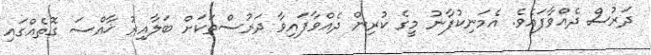
ދަރުސް ދެއްވާފައެވެ. އެމަނިކުފާނު މީގެ ކުރިން ދެއްވާފައިވާ ދަރުސްތަކަށް ބަލާއިރު ޚާއްސަ ގޮތެއްގައި